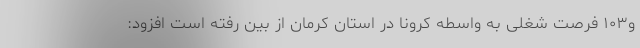
و۱۰۳ فرصت شغلی به واسطه کرونا در استان کرمان از بین رفته است افزود: